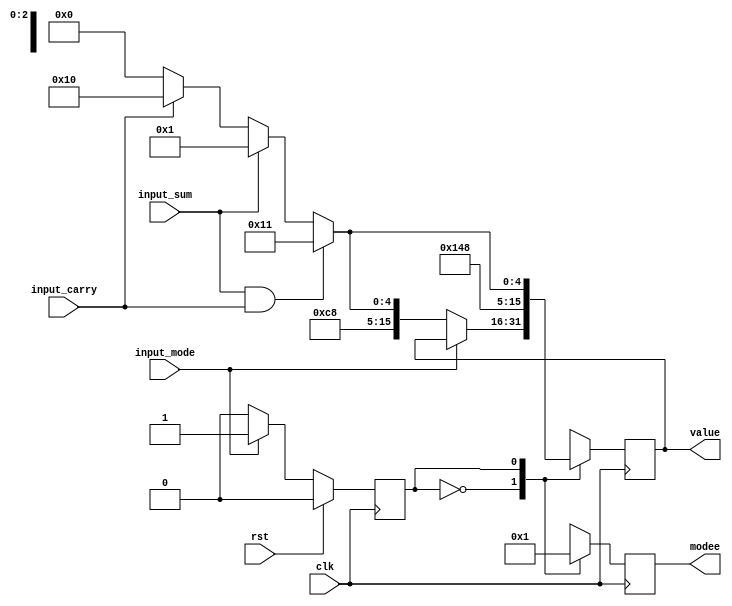
/*
   This file was generated automatically by the Mojo IDE version B1.3.6.
   Do not edit this file directly. Instead edit the original Lucid source.
   This is a temporary file and any changes made to it will be destroyed.
*/

module state_machine_5 (
    input clk,
    input rst,
    output reg [15:0] value,
    input input_sum,
    input input_carry,
    input input_mode,
    output reg [2:0] modee
  );
  
  
  
  localparam MANUAL_state = 1'd0;
  localparam AUTO_state = 1'd1;
  
  reg M_state_d, M_state_q = MANUAL_state;
  reg [15:0] M_display_value_d, M_display_value_q = 1'h0;
  reg [2:0] M_mode_d, M_mode_q = 1'h0;
  
  always @* begin
    M_state_d = M_state_q;
    M_display_value_d = M_display_value_q;
    M_mode_d = M_mode_q;
    
    value = M_display_value_q;
    modee = M_mode_q;
    
    case (M_state_q)
      MANUAL_state: begin
        M_mode_d = 1'h0;
        if (input_mode) begin
          M_state_d = AUTO_state;
        end else begin
          if (input_sum & input_carry) begin
            M_display_value_d = 16'h1911;
          end else begin
            if (input_sum) begin
              M_display_value_d = 16'h1901;
            end else begin
              if (input_carry) begin
                M_display_value_d = 16'h1910;
              end else begin
                M_display_value_d = 16'h1900;
              end
            end
          end
        end
      end
      AUTO_state: begin
        M_mode_d = 1'h1;
        if (!input_mode) begin
          M_state_d = MANUAL_state;
        end
        if (input_sum & input_carry) begin
          M_display_value_d = 16'h2911;
        end else begin
          if (input_sum) begin
            M_display_value_d = 16'h2901;
          end else begin
            if (input_carry) begin
              M_display_value_d = 16'h2910;
            end else begin
              M_display_value_d = 16'h2900;
            end
          end
        end
      end
    endcase
  end
  
  always @(posedge clk) begin
    M_display_value_q <= M_display_value_d;
    M_mode_q <= M_mode_d;
    
    if (rst == 1'b1) begin
      M_state_q <= 1'h0;
    end else begin
      M_state_q <= M_state_d;
    end
  end
  
endmodule